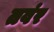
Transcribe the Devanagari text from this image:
तवंर